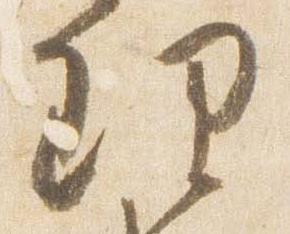
理